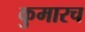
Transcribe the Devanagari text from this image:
कुमारच